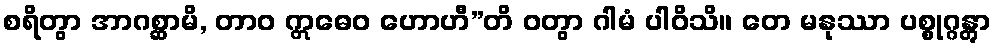
စရိတွာ အာဂစ္ဆာမိ, တာဝ ဣဓေဝ ဟောဟီ”တိ ဝတွာ ဂါမံ ပါဝိသိ။ တေ မနုဿာ ပစ္စုဂ္ဂန္တွာ